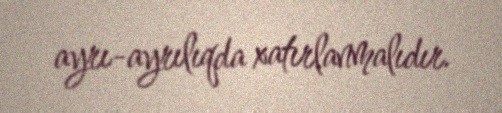
ayrı-ayrılıqda xatırlanmalıdır.